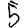
Digit: 5